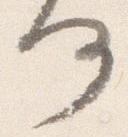
何